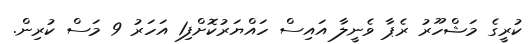
ކުރީގެ މަޝްހޫރު ރެޕާ ވެނީލާ އައިސް ހައްޔަރުކޮށްފި1 އަހަރު 9 މަސް ކުރިން.